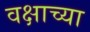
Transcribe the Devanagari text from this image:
वक्षाच्या